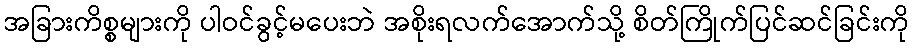
အခြားကိစ္စများကို ပါဝင်ခွင့်မပေးဘဲ အစိုးရလက်အောက်သို့ စိတ်ကြိုက်ပြင်ဆင်ခြင်းကို